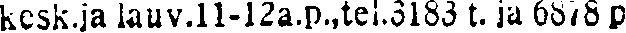
kesk.ja lauv.11-12a.p.,te1.3183 t. ja 6878 p